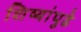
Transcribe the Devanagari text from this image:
शिष्यांपुढे